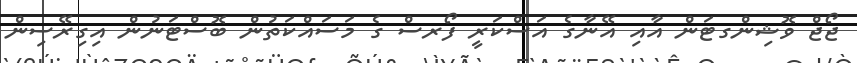
ޖޯޖް ވޮޝިންގޓަން އާއި އޭނާގެ އަސްކަރީ ފޯރސް ގެ މަސައްކަތުން ބޮސްޓަނުން އިގިރޭސިން